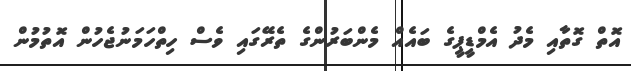
އޮތް ގޮތާއި މެދު އެމްޑީޕީގެ ބައެއް މެންބަރުންގެ ތެރޭގައި ވެސް ހިތްހަމަނުޖެހުން އޮތުމުން